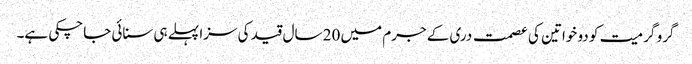
گرو گرمیت کو دو خواتین کی عصمت دری کے جرم میں 20 سال قید کی سزا پہلے ہی سنائی جاچکی ہے۔